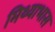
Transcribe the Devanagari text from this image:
मिथ्याभास